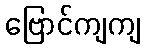
ဗြောင်ကျကျ